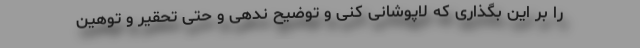
را بر این بگذاری که لاپوشانی کنی و توضیح ندهی و حتی تحقیر و توهین